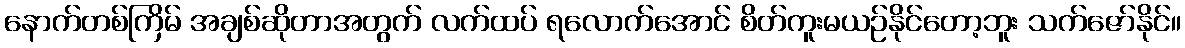
နောက်တစ်ကြိမ် အချစ်ဆိုတာအတွက် လက်ထပ် ရလောက်အောင် စိတ်ကူးမယဉ်နိုင်တော့ဘူး သက်ဇော်နိုင်။